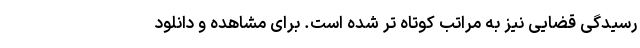
رسیدگی قضایی نیز به مراتب کوتاه تر شده است. برای مشاهده و دانلود